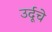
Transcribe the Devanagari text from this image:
उर्दूचे